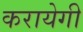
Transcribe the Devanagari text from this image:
करायेगी